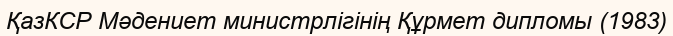
ҚазКСР Мәдениет министрлігінің Құрмет дипломы (1983)